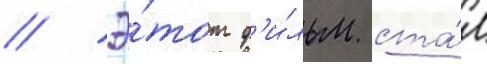
// Э́тот ф'и́льм ста́л